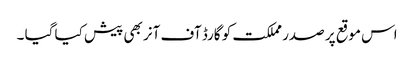
اس موقع پر صدر مملکت کو گارڈ آف آنر بھی پیش کیا گیا ۔